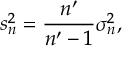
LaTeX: s _ { n } ^ { 2 } = { \frac { n ^ { \prime } } { n ^ { \prime } - 1 } } \sigma _ { n } ^ { 2 } ,